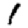
Digit: 1